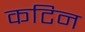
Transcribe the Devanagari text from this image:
कटिन